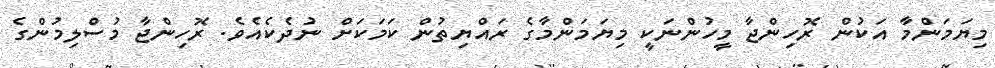
މިޔަމަންމާ އަކުން ރޮހިންޖާ މީހުންނަކީ މިޔަމަންމާގެ ރައްޔިތުން ކަމަކަށް ނުދެކެއެވެ. ރޮހިންޖާ މުސްލިމުންގެ